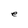
Character: e